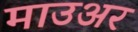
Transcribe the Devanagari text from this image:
माउअर